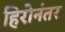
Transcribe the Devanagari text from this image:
हिरोनंतर